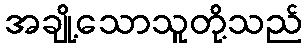
အချို့သောသူတို့သည်